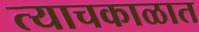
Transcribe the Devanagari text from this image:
त्याचकाळात